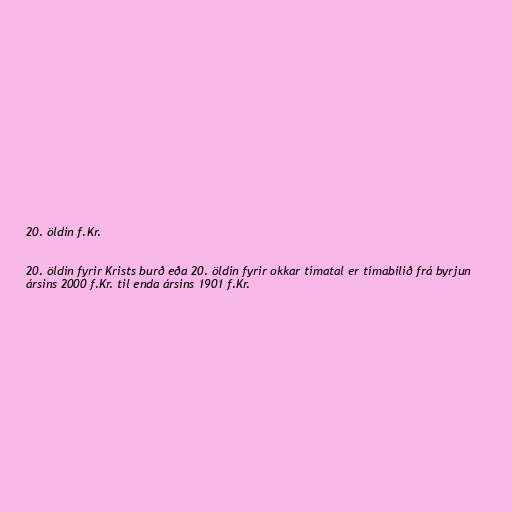
20. öldin f.Kr.

20. öldin fyrir Krists burð eða 20. öldin fyrir okkar tímatal er tímabilið frá byrjun
ársins 2000 f.Kr. til enda ársins 1901 f.Kr.